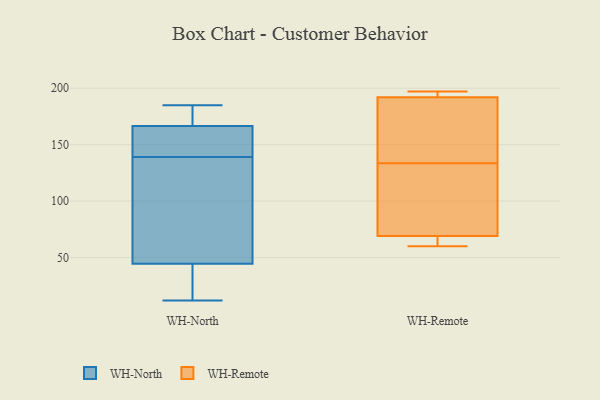
{"axis": {"x": "Bounce Rate (%)", "y": "Value"}, "legend": ["WH-North", "WH-Remote"], "data": [{"x": "", "y": 142, "type": "WH-North"}, {"x": "", "y": 164, "type": "WH-North"}, {"x": "", "y": 169, "type": "WH-North"}, {"x": "", "y": 51, "type": "WH-North"}, {"x": "", "y": 71, "type": "WH-North"}, {"x": "", "y": 185, "type": "WH-North"}, {"x": "", "y": 38, "type": "WH-North"}, {"x": "", "y": 12, "type": "WH-North"}, {"x": "", "y": 164, "type": "WH-North"}, {"x": "", "y": 31, "type": "WH-North"}, {"x": "", "y": 23, "type": "WH-North"}, {"x": "", "y": 178, "type": "WH-North"}, {"x": "", "y": 183, "type": "WH-North"}, {"x": "", "y": 162, "type": "WH-North"}, {"x": "", "y": 61, "type": "WH-North"}, {"x": "", "y": 136, "type": "WH-North"}, {"x": "", "y": 170, "type": "WH-Remote"}, {"x": "", "y": 197, "type": "WH-Remote"}, {"x": "", "y": 66, "type": "WH-Remote"}, {"x": "", "y": 69, "type": "WH-Remote"}, {"x": "", "y": 192, "type": "WH-Remote"}, {"x": "", "y": 113, "type": "WH-Remote"}, {"x": "", "y": 60, "type": "WH-Remote"}, {"x": "", "y": 154, "type": "WH-Remote"}, {"x": "", "y": 192, "type": "WH-Remote"}, {"x": "", "y": 79, "type": "WH-Remote"}]}